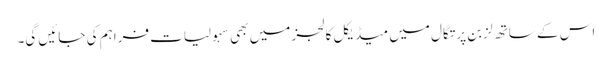
اس کے ساتھ لزبن پرتگال میں میڈیکل کالجز میں بھی سہولیات فراہم کی جائیں گی۔